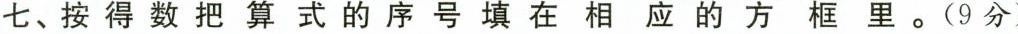
七、按得数把算式的序号填在相应的方框里。(9分)